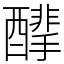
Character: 䤏